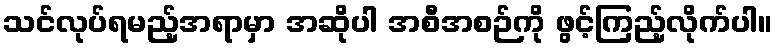
သင်လုပ်ရမည့်အရာမှာ အဆိုပါ အစီအစဉ်ကို ဖွင့်ကြည့်လိုက်ပါ။